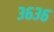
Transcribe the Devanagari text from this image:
३६३६